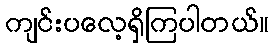
ကျင်းပလေ့ရှိကြပါတယ်။